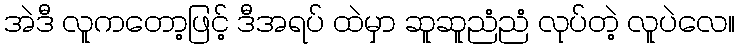
အဲဒီ လူကတော့ဖြင့် ဒီအရပ် ထဲမှာ ဆူဆူညံညံ လုပ်တဲ့ လူပဲလေ။